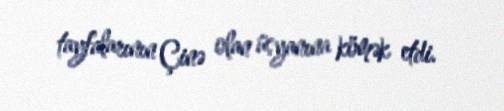
tayfalarının Çinə olan üsyanına kömək etdi.